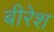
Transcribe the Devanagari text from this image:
बीरेश